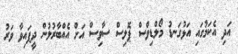
އަދި އެކަމުގައި އަޅުގަނޑު މޯލްޑިވްސް ޕޮލިސް ސާވިސް އަށް އެއްބާރުލުން ދީފައިވާ ވަރު